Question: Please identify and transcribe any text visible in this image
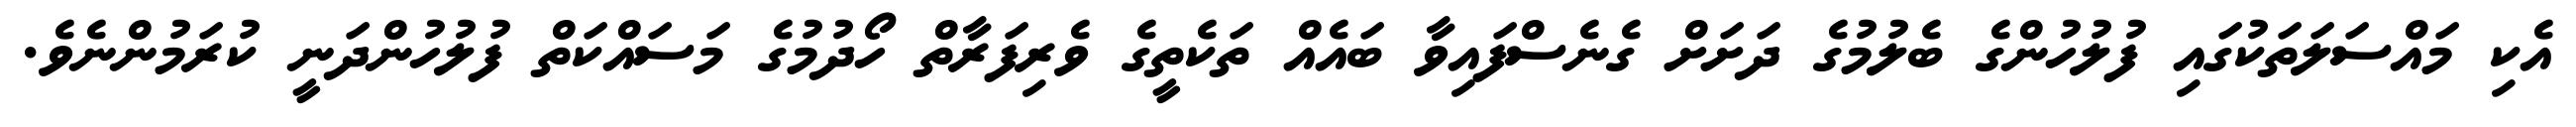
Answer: އެކި މައްސަލަތަކުގައި ފުލުހުންގެ ބެލުމުގެ ދަށަށް ގެނެސްފައިވާ ބައެއް ތަކެތީގެ ވެރިފަރާތް ހޯދުމުގެ މަސައްކަތް ފުލުހުންދަނީ ކުރަމުންނެވެ.